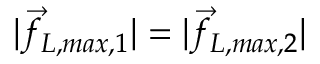
| \vec { f } _ { L , m a x , 1 } | = | \vec { f } _ { L , m a x , 2 } |